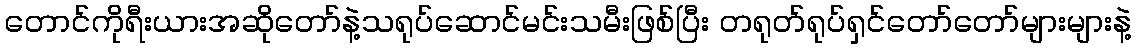
တောင်ကိုရီးယားအဆိုတော်နဲ့သရုပ်ဆောင်မင်းသမီးဖြစ်ပြီး တရုတ်ရုပ်ရှင်တော်တော်များများနဲ့